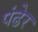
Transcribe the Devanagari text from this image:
पंढेर